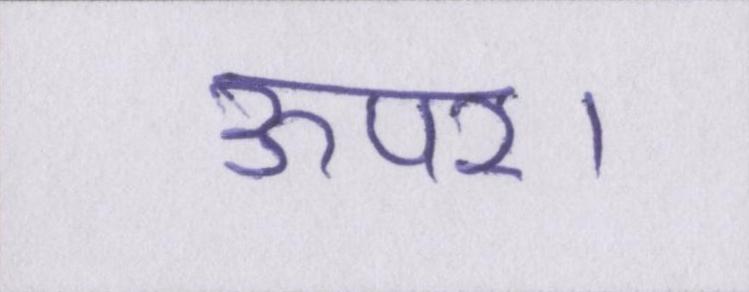
ऊपर।